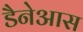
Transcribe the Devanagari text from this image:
डैनेआस